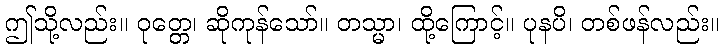
ဤသို့လည်း။ ဝုတ္တေ၊ ဆိုကုန်သော်။ တသ္မာ၊ ထို့ကြောင့်။ ပုနပိ၊ တစ်ဖန်လည်း။